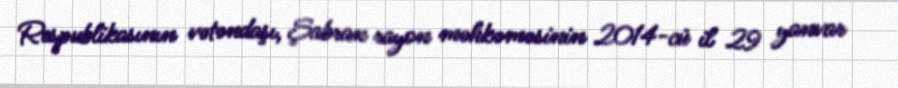
Respublikasının vətəndaşı, Şabran rayon məhkəməsinin 2014-cü il 29 yanvar